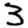
Digit: 3